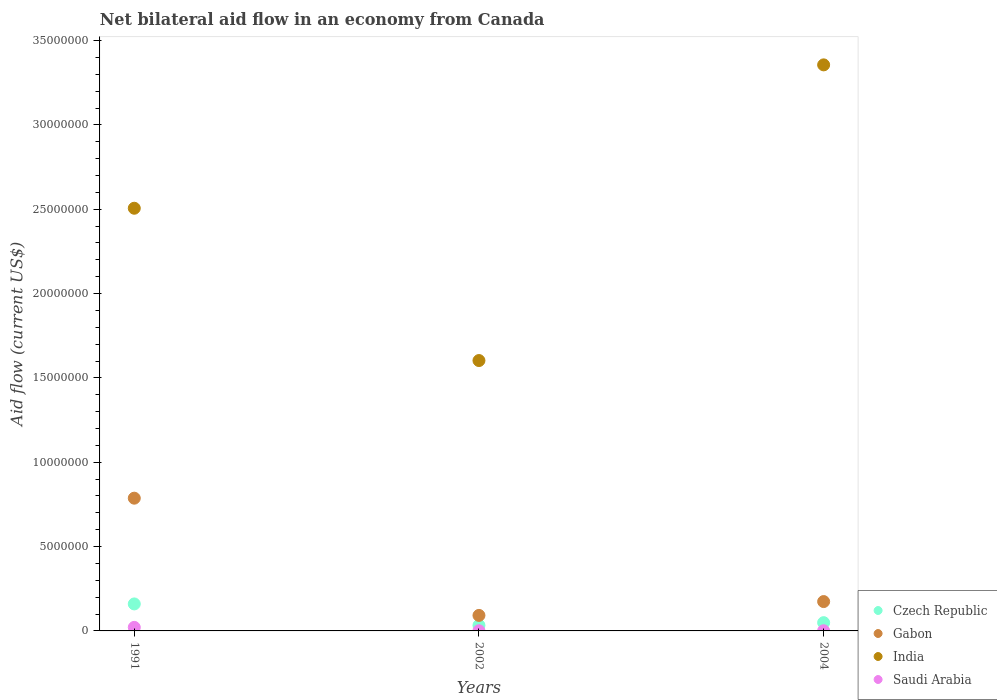
| Years | Czech Republic | Gabon | India | Saudi Arabia |
 | --- | --- | --- | --- | --- |
 | 1991 | 1.6e+06 | 7.87e+06 | 2.51e+07 | 2.1e+05 |
 | 2002 | 3.3e+05 | 9.2e+05 | 1.6e+07 | 1e+04 |
 | 2004 | 4.9e+05 | 1.74e+06 | 3.36e+07 | 1e+04 |